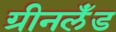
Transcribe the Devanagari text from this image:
ग्रीनलॅंड